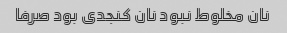
نان مخلوط نبود نان کنجدی بود صرفا